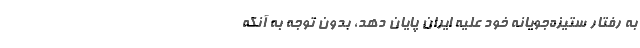
به رفتار ستیزه‌جویانه خود علیه ایران پایان دهد، بدون توجه به آنکه